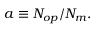
a \equiv N _ { o p } / N _ { m } .